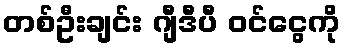
တစ်ဦးချင်း ဂျီဒီပီ ဝင်ငွေကို